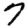
Digit: 7